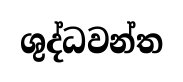
ශුද්ධවන්ත